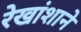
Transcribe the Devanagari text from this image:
रेखांशाने